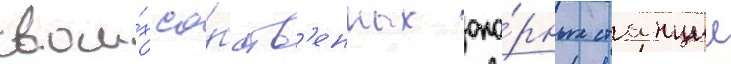
свои́х со́бств'енных опо́рных станции